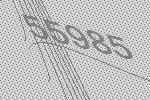
55985